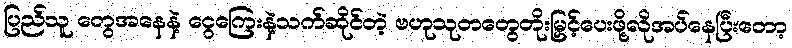
ပြည်သူ တွေအနေနဲ့ ငွေကြေးနဲ့သက်ဆိုင်တဲ့ ဗဟုသုတတွေတိုးမြှင့်ပေးဖို့လိုအပ်နေပြီးတော့